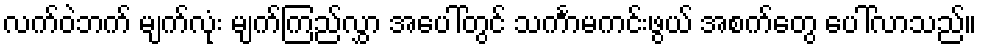
လက်ဝဲဘက် မျက်လုံး မျက်ကြည်လွှာ အပေါ်တွင် သင်္ကာမကင်းဖွယ် အစက်တွေ ပေါ်လာသည်။